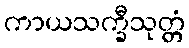
ကာယသက္ခီသုတ္တံ